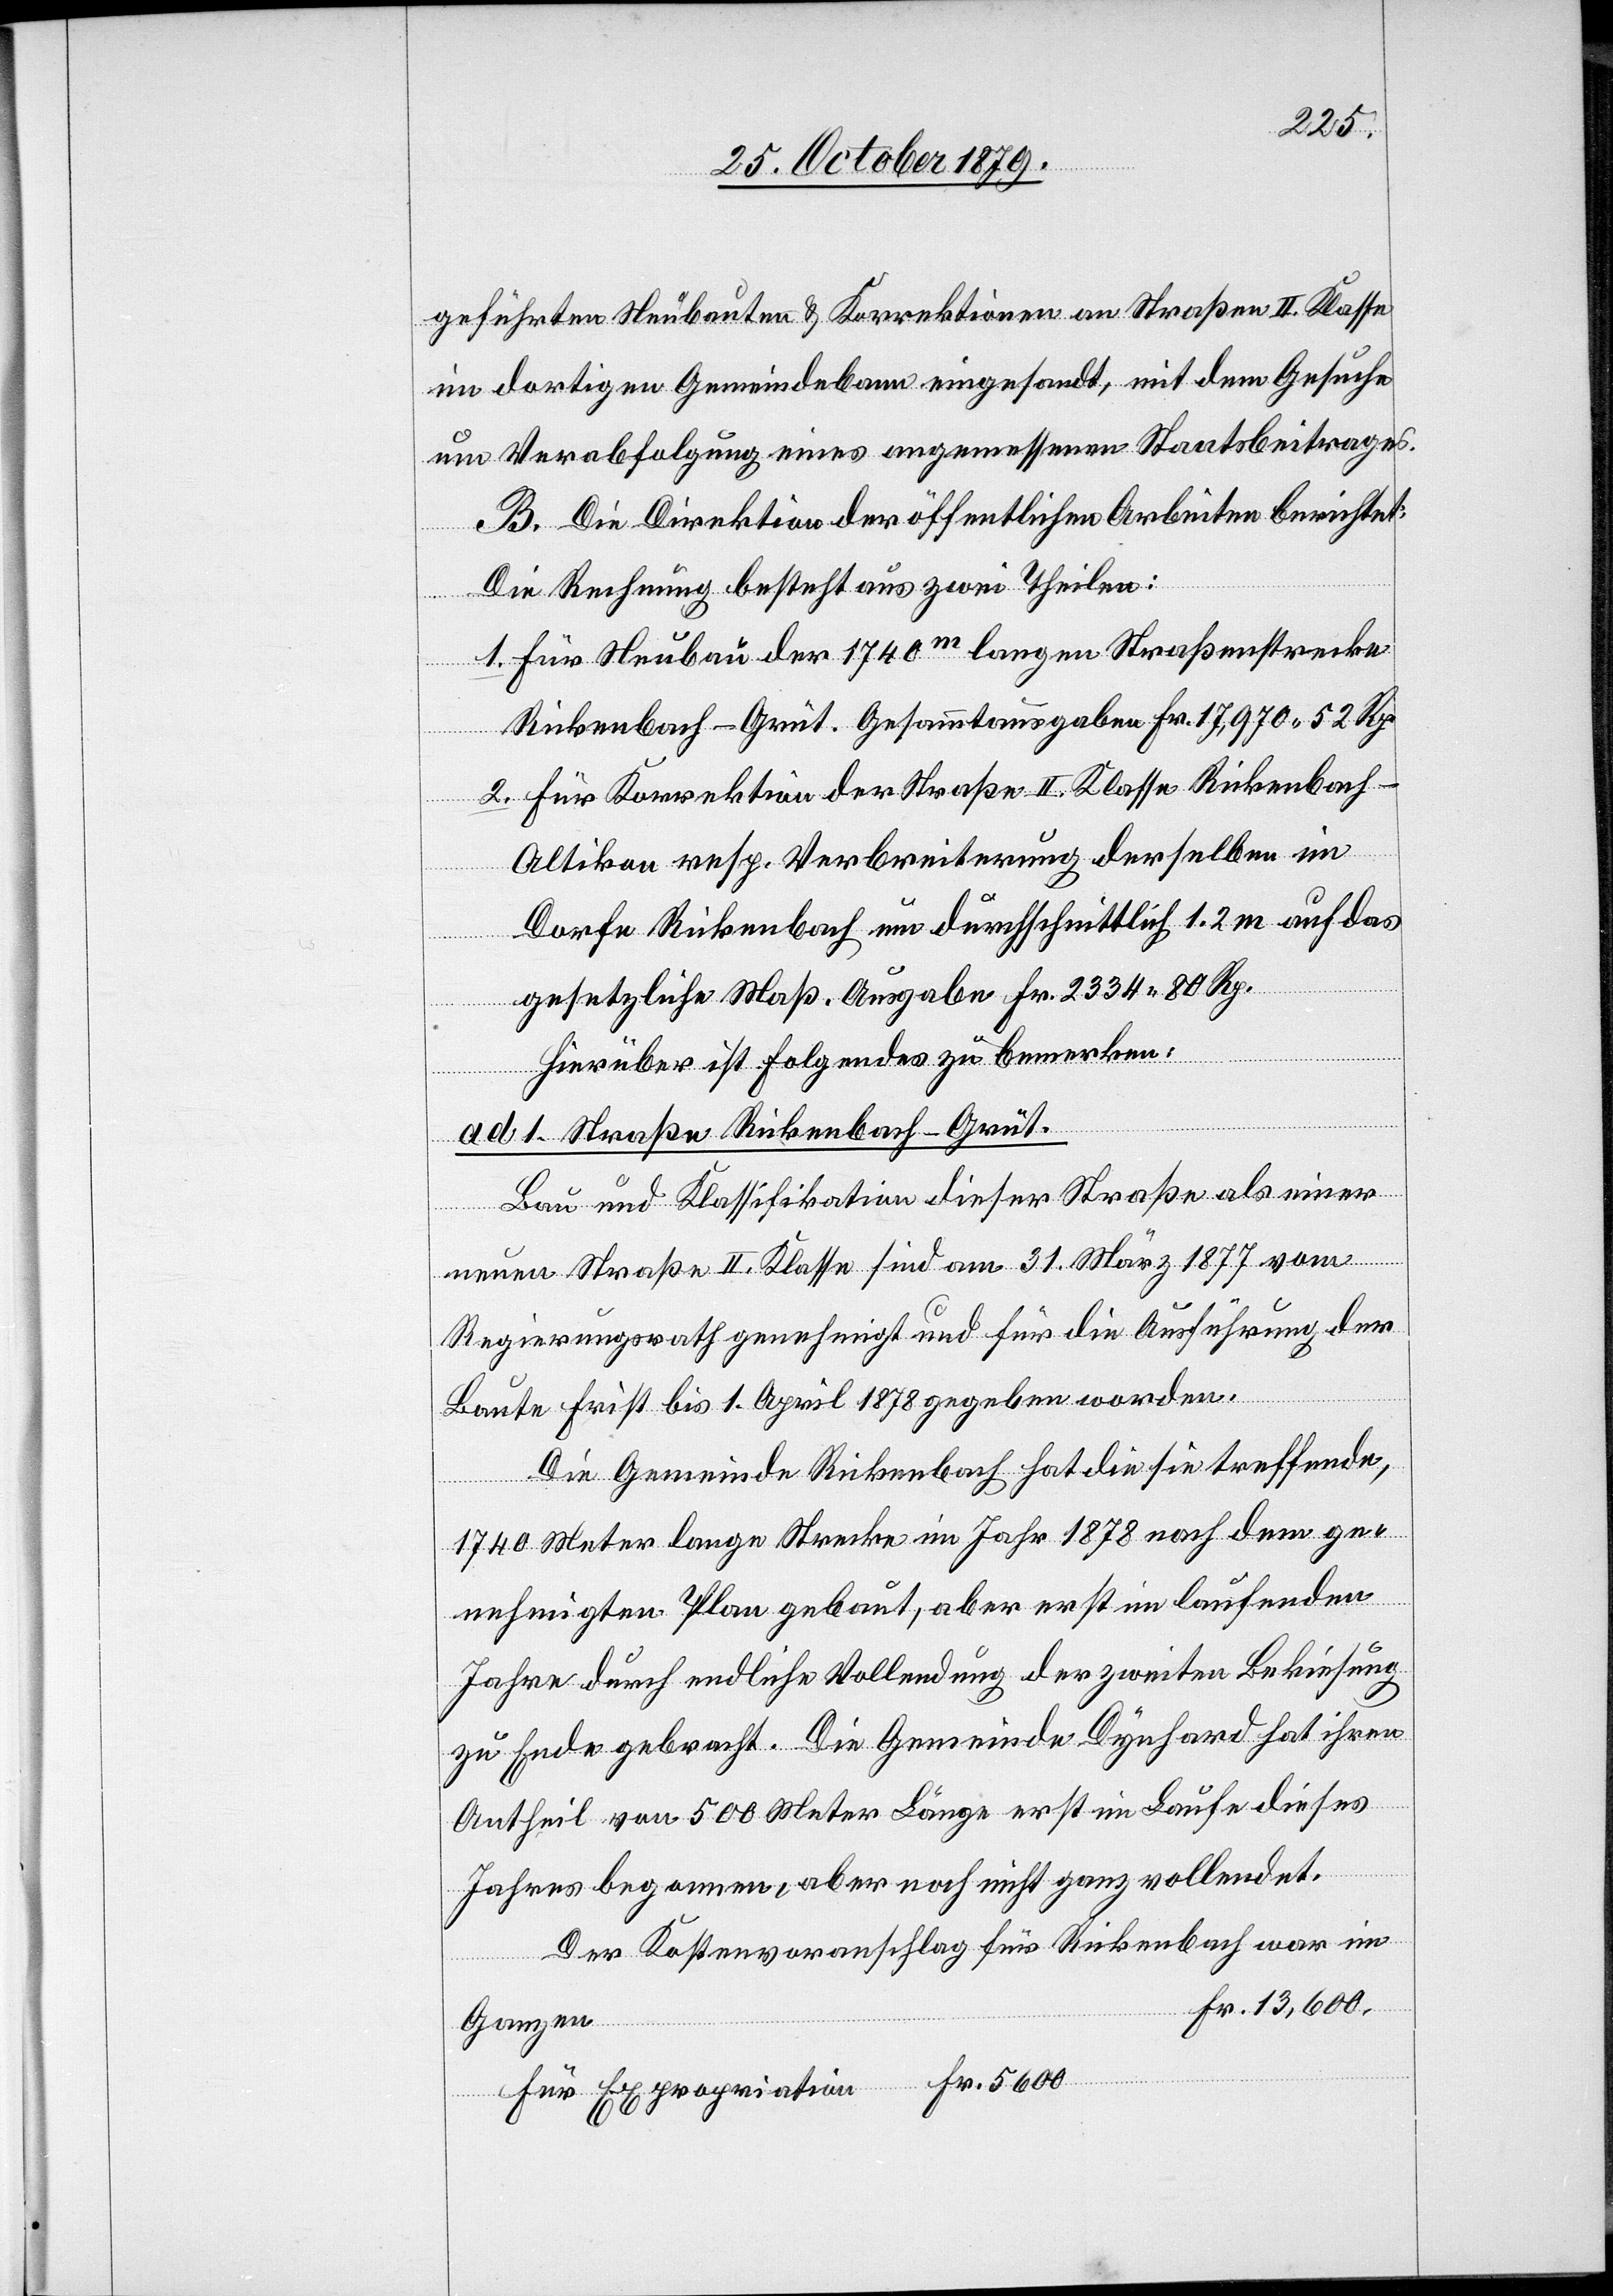
geführten Neubauten & Korrektionen an Straßen II. Klasse
im dortigen Gemeindebann eingesandt, mit dem Gesuche
um Verabfolgung eines angemessenen Staatsbeitrages.
B. Die Direktion der öffentlichen Arbeiten berichtet:
Die Rechnung besteht aus zwei Theilen:
1. Für Neubau der 1740m langen Straßenstrecke
Rickenbach–Grüt. Gesammtausgaben Fr. 17,970 52 Rp.
2. Für Korrektion der Straße II. Klasse Rickenbach–A¬
ltikon resp. Verbreiterung derselben im
Dorfe Rickenbach um durchschnittlich 1,2 m auf das
gesetzliche Maß. Ausgaben Fr. 2334 80 Rp.
5600
Hierüber ist folgendes zu bemerken.
ad. 1 Straße Rickenbach–Grüt.
Bau und Klassifikation dieser Straße als einer
neuen Straße II. Klasse sind am 31. März 1877 vom
Regierungsrath genehmigt und für die Ausführung der
Baute Frist bis 1. April 1878 gegeben worden.
Die Gemeinde Rickenbach hat die sie treffende,
riation
1740 Meter lange Strecke im Jahr 1878 nach dem ge¬
nehmigten Plan gebaut, aber erst im laufenden
Jahre durch endliche Vollendung der zweiten Bekiesung
zu Ende gebracht. Die Gemeinde Dynhard hat ihren
Antheil von 500 Meter Länge erst im Laufe dieses
Jahres begonnen aber noch nicht ganz vollendet.
Der Kostenvoranschlag für Rickenbach war im
Fr. 13,600.
Ganzen